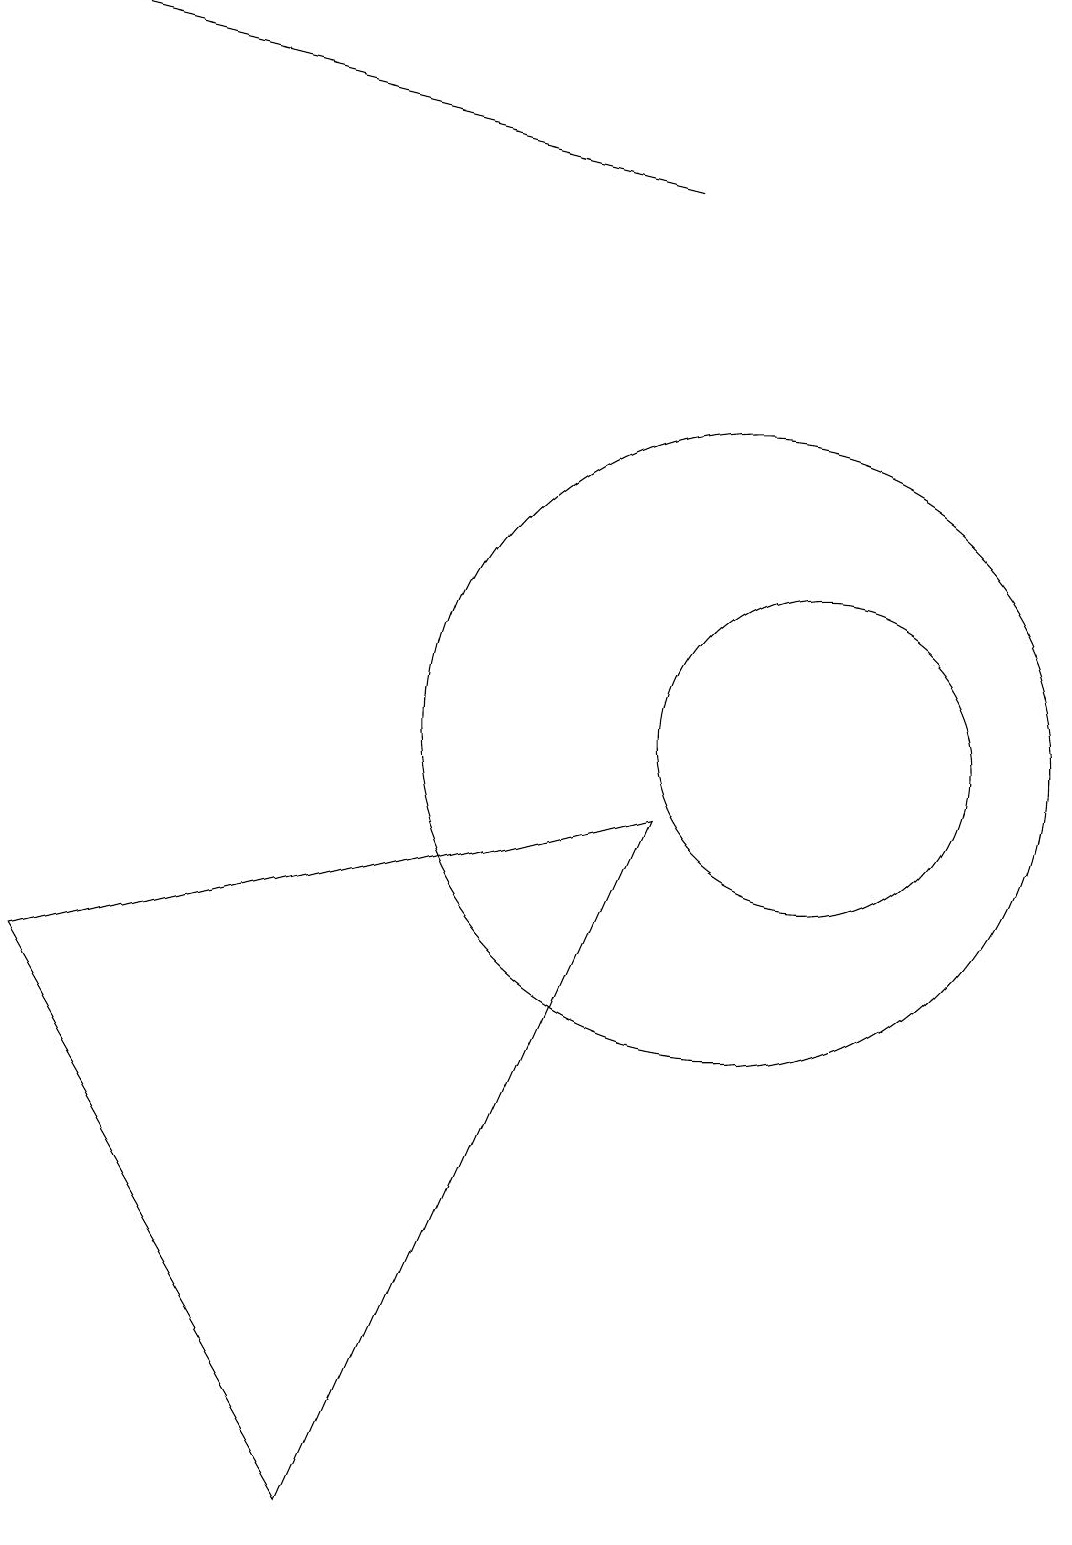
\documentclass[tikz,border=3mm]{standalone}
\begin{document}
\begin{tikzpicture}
\draw[->] (9,17) -- (1,19);
\draw (5,0) -- (9,9) -- (1,7) -- cycle;
\draw (11,10) circle (2);
\draw (10,10) circle (4);
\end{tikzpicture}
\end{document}